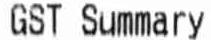
GST SUMMARY